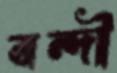
বন্দী